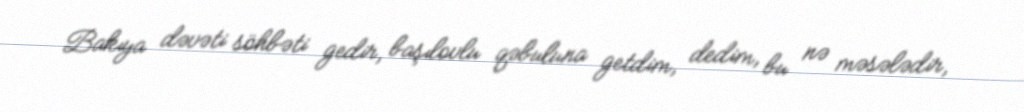
Bakıya dəvəti söhbəti gedir, başılovlu qəbuluna getdim, dedim, bu nə məsələdir,